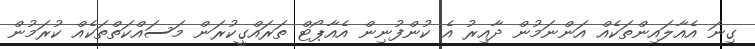
ގިނަ އެއާލައިންތަކެއް އަންނަމުން ދާއިރު އެ ކުންފުނިން އެއާޕޯޓް ތަރައްގީކުރަން މަސައްކަތްތަކެއް ކުރަމުން